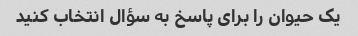
یک حیوان را برای پاسخ به سؤال انتخاب کنید